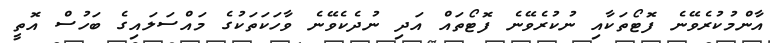
އާންމުކުރެވޭނެ ފޮޓޯތަކާއި ނުކުރެވޭނެ ފޮޓޯތައް އަދި ނުދެކެވޭނެ ވާހަކަތަކުގެ މައްސަލައިގެ ބަހުސް އޮތީ